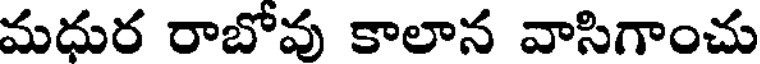
మధుర రాబోవు కాలాన వాసిగాంచు